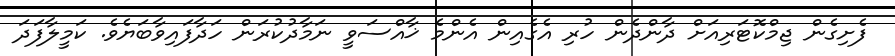
ފެށިގެން ޖިމްކޮޓަރިއަށް ދާންދެން ހުރި އެގެއިން އެންމެ ޚާއްސަވީ ނަމާދުކުރަން ހަދާފައިވާބަޔެވެ. ކަމީލާފަދަ